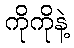
ကိုကိုနဲ့